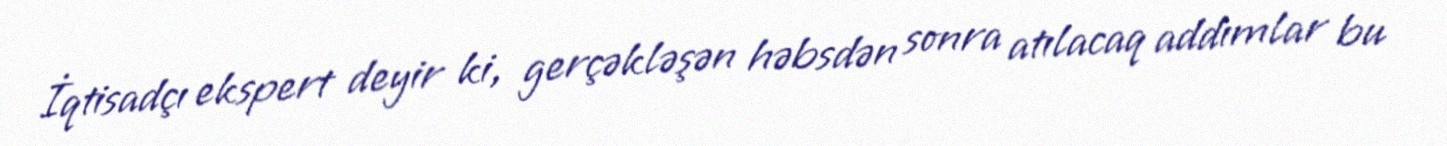
İqtisadçı ekspert deyir ki, gerçəkləşən həbsdən sonra atılacaq addımlar bu